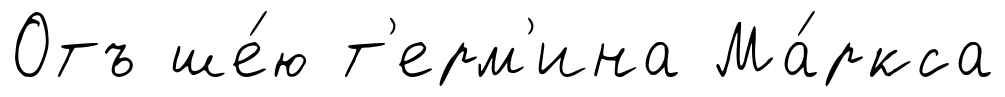
Отъ ше́ю т'ерм'ина Ма́ркса